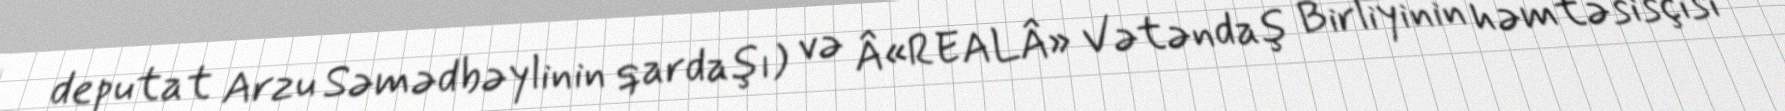
deputat Arzu Səmədbəylinin qardaşı) və Â«REALÂ» Vətəndaş Birliyinin həmtəsisçisi